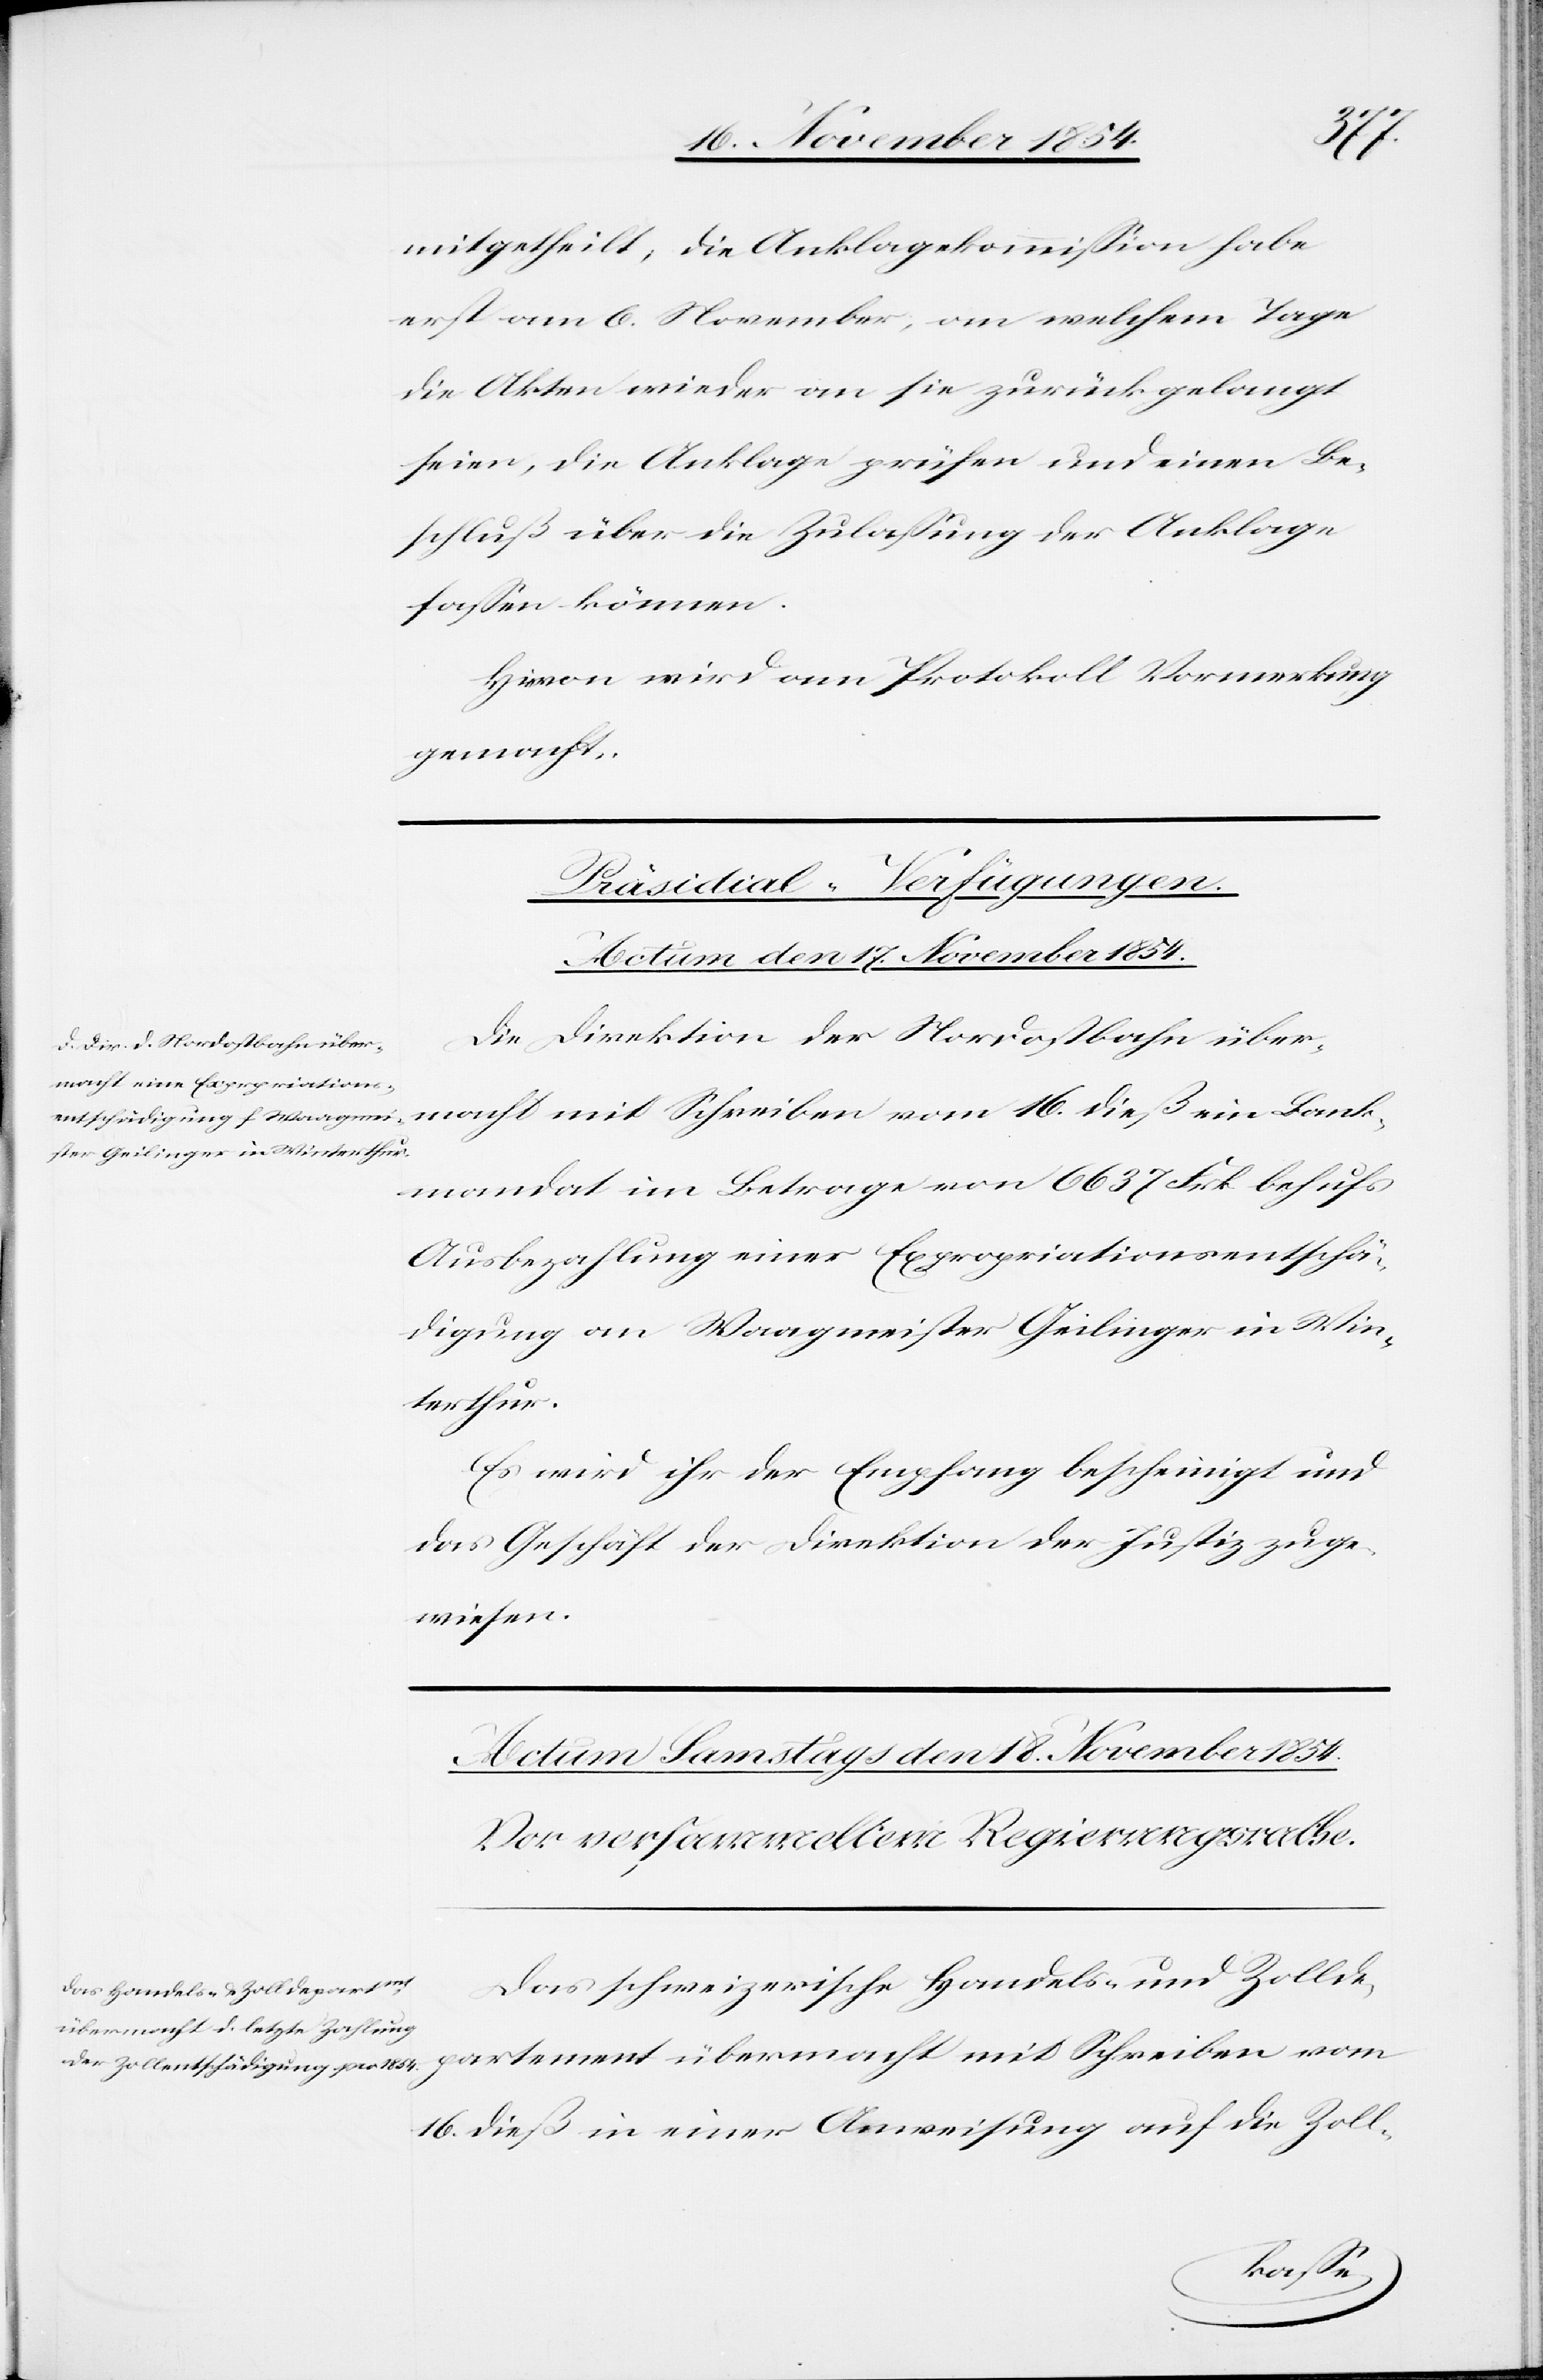
mitgetheilt, die Anklagekommißion habe
erst am 6. November, an welchem Tage
die Akten wieder an sie zurückgelangt
seien, die Anklage prüfen und einen Be¬
schluß über die Zulaßung der Anklage
faßen können.
Hievon wird am Protokoll Vormerkung
gemacht.
Präsidial-Verfügungen.
Actum den 17. November 1854.
Die Direktion der Nordostbahn über¬
macht mit Schreiben vom 16. dieß ein Bank¬
mandat im Betrage von 6637 Frk behufs
Ausbezahlung einer Expropriationsentschä¬
digung an Waagmeister Geilinger in Win¬
terthur.
Es wird ihr der Empfang bescheinigt und
das Geschäft der Direktion der Justiz zuge¬
wiesen.
Das schweizerische Handels- und Zollde¬
partement übermacht mit Schreiben vom
16. dieß in einer Anweisung auf die Zoll-